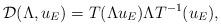
LaTeX: \begin{align*}\mathcal{D}(\Lambda, u_E) = T(\Lambda u_E) \Lambda T^{-1}(u_E),\end{align*}